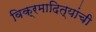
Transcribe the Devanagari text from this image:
विक्रमादित्यांची